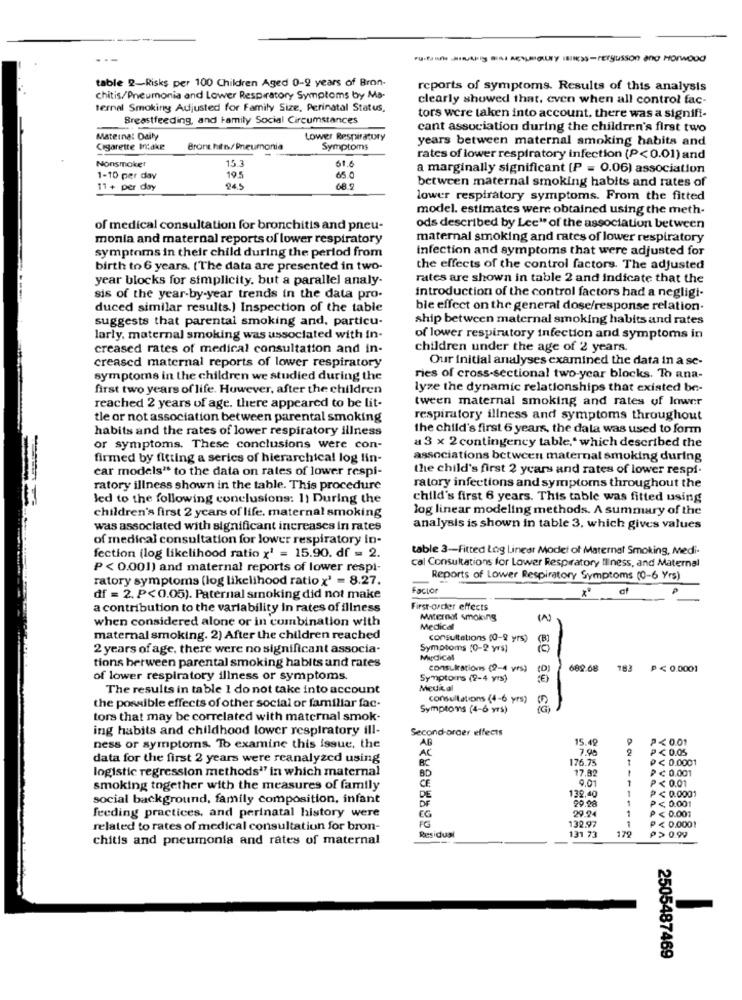
table 2-Risks per 100 Children Aged 0-2 years of Bron-
reports of symptoms. Results of this analysis
chitis/Pneumonia and Lower Respiratory Symptoms by Ma-
clearly showed that, even when all control fac-
ternal Smoking Adjusted for Family Size, Perinatal Status,
Breastfeeding, and Family Social Circumstances
tors were taken into account. there was a signifi-
cant association during the children's first two
Maternal Daily
Lower Respiratury
years between maternal smoking habits and
Cigarette Indke
Brons hits/Pneumonia
Symptoms
Nonsmoker
15 3
rates of lower respiratory infection (P<0.01) and
61.6
a marginally significant [P = 0.06) association
1-10 per day
19.5
65.0
between maternal smoking habits and rates of
11 + per day
045
68.2
lower respiratory symptoms. From the fitted
model. estimates were obtained using the meth-
of medical consultation for bronchitis and pneu-
ods described by Lee" of the association between
monia and maternal reports of lower respiratory
maternal smoking and rates of lower respiratory
Infection and symptoms that were adjusted for
symptoms in their child during the period from
birth to 6 years. (The data are presented in two-
the effects of the control factors. The adjusted
year blocks for simplicity. but a parallel analy-
rates are shown in table 2 and indicate that the
sis of the year-by-year trends in the data pro-
introduction of the control factors had a negligi-
duced similar results.] Inspection of the table
ble effect on the general dose/response relation-
suggests that parental smoking and, particu-
ship between maternal smoking habits and rates
larly, maternal smoking was ussoclated with in-
of lower respiratory infection and symptoms in
creased rates of medical consultation and in-
children under the age of 2 years.
Our Initial analyses examined the data in a se-
creased maternal reports of lower respiratory
symptoms in the children we studied during the
ries of cross-sectional two-year blocks. To ana-
first two years of life. However, after the children
lyze the dynamic relationships that existed be-
tween maternal smoking and rates of lower
reached 2 years of age. there appeared to be lit-
tle or not association between parental smoking
respiratory illness and symptoms throughout
habits and the rates of lower respiratory illness
the child's first 6 years, the dala was used to form
or symptoms. These conclusions were con-
a 3 x 2 contingency table ,* which described the
firmed by fitting a series of hierarchical log lin-
associations between maternal smoking during
car models" to the data on rates of lower respi-
the child's first 2 years and rates of lower respi.
ratory illness shown in the table. This procedure
ratory infections and symptoms throughout the
led to the following conclusions: 1) During the
child's first 6 years. This table was fitted using
log linear modeling methods. A summary of the
children's first 2 years of life. maternal smoking
was associated with significant increases in rates
analysis is shown in table 3, which gives values
of medical consultation for lower respiratory in-
table 3-Fitted Log Linear Modet of Maternal Smoking, Medi-
fection (log likelihood ratio x' = 15.90. df = 2.
cal Consultations for Lower Respiratory Iliness, and Maternal
P <0.001) and maternal reports of lower respi-
ratory symptoms (log likelihood ratio x' = 8.27.
Reports of Lower Respiratory Symptoms (0-6 Yrs)
Factor
df = 2. P<0.05). Paternal smoking did not make
a contribution to the variability in rates of illness
First-order effects
when considered alone or in combination with
Maternal smoking
(A)
Medical
maternal smoking. 2) After the children reached
consultations (0-9 yrs)
2 years of age, there were no significant associa-
Symptoms (0-2 yrs)
MirdiCal
tions between parental smoking habits and rates
consultations (2-4 yrs)
(D)
689.68
P< 0.0001
of lower respiratory illness or symptoms.
Symptomrs (2-4 y's)
The results in table 1 do not take into account
Medial
consultations (4-6 yrs)
the possible effects of other social or familiar fac-
Symptoms (4-6 yrs)
tors that may be correlated with maternal smok.
ing habits and childhood lower respiratory ill-
Second-order effects
AB
15.49
P<0.01
ness or symptoms. To examine this issue, the
A
7.90
2
P<0.05
data for the first 2 years were reanalyzed using
176.75
P< 0.0001
logistic regression methods'7 in which maternal
BC
17.82
₱<0.001
CE
BD
9.01
1
P <0.01
smoking together with the measures of family
132,40
1
P<0.0001
social background, family composition, infant
DE
20.28
P < 0.001
DF
29.94
P < 0.001
feeding practices, and perinatal history were
EG
132.97
P< 0.0001
related to rates of medical consultation for bron-
FG
170
chitis and pneumonia and rates of maternal
Residual
131 73
₱> 0.99
2505487469